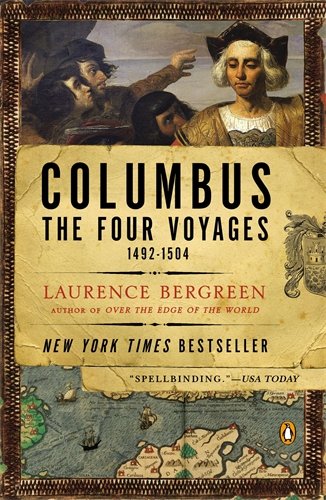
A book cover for Columbus: The Four Voyages, 1492-1504; Laurence Bergreen; History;